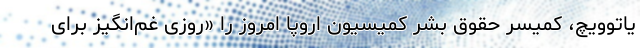
یاتوویچ، کمیسر حقوق بشر کمیسیون اروپا امروز را «روزی غم‌انگیز برای